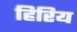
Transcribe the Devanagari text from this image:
हिरिय